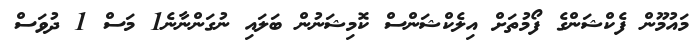
މައުމޫން ފެކްޝަންގެ ފޯމުތަށް އިލެކްޝަންސް ކޮމިޝަނުން ބަލައި ނުގަންނާނެ1 މަސް 1 ދުވަސް